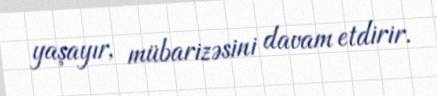
yaşayır, mübarizəsini davam etdirir.